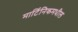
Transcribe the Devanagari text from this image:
मार्टिनिकमधील